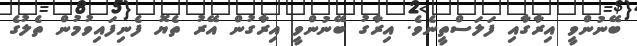
ބޭނުންވީ އިރާގާއި ފަލަސްތީނެވެ. އިރާގު ބޭނުންވީ އިރާގުން އޭރު ތެޔޮ ފެނިފައިވުމުން ތެލުގެ